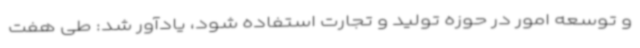
و توسعه امور در حوزه تولید و تجارت استفاده شود، یادآور شد: طی هفت